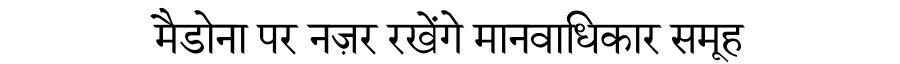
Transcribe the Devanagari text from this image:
मैडोना पर नज़र रखेंगे मानवाधिकार समूह